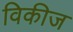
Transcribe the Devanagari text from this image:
विकीज